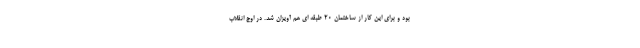
بود و برای این کار از ساختمان 20 طبقه ای هم آویزان شد. در اوج انقلاب